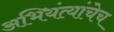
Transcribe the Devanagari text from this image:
अभियंत्यांचेच